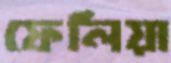
ফেলিয়া